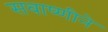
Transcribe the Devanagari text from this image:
सवाष्णीने